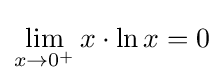
\lim _{x\to 0^{+}}x\cdot \ln x=0